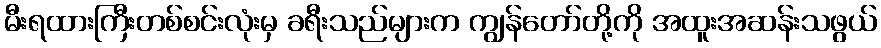
မီးရထားကြီးတစ်စင်းလုံးမှ ခရီးသည်များက ကျွန်တော်တို့ကို အထူးအဆန်းသဖွယ်